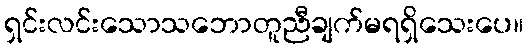
ရှင်းလင်းသောသဘောတူညီချက်မရရှိသေးပေ။